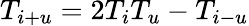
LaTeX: T_{i+u}=2T_{i}T_{u}-T_{i-u}